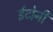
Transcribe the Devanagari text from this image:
ईटोनी